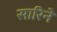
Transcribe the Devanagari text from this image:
सारिनें